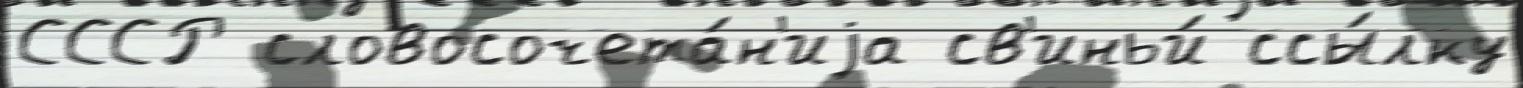
СССР словосочета́н'иjа св'иньи́ ссы́лку